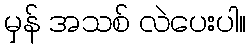
မှန် အသစ် လဲပေးပါ။